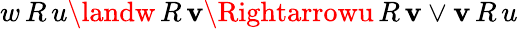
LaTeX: w\, R\, u\landw\, R\, \mathbf{v}\Rightarrowu\, R\, \mathbf{v}\lor\mathbf{v}\, R\, u